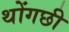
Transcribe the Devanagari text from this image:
थोंगछी